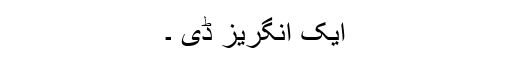
ایک انگریز ڈی ۔